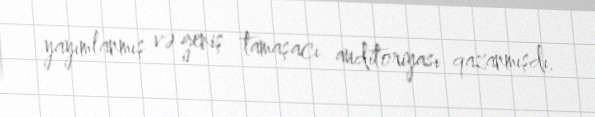
yayımlanmış və geniş tamaşacı auditoriyası qazanmışdı.